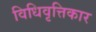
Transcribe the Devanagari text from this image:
विधिवृत्तिकार